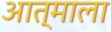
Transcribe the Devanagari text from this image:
आत्माला